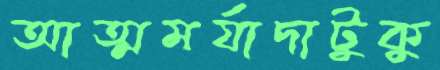
আত্মমর্যাদাটুকু